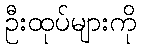
ဦးထုပ်များကို